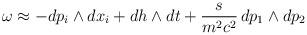
LaTeX: \begin{align*}\omega\approx-dp_i\wedge{}dx_i+dh\wedge{}dt+\frac{s}{m^2c^2}\,dp_1\wedge{}dp_2\end{align*}